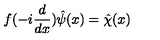
f ( - i \frac { d } { d x } ) \hat { \psi } ( x ) = \hat { \chi } ( x )